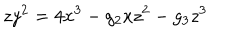
LaTeX: z y ^ { 2 } = 4 x ^ { 3 } - g _ { 2 } x z ^ { 2 } - g _ { 3 } z ^ { 3 }